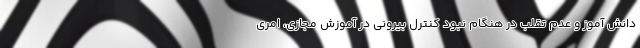
دانش آموز و عدم تقلب در هنگام نبود کنترل بیرونی در آموزش مجازی، امری